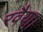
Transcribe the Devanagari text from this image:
रवैया।